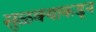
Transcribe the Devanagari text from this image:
सुळक्याकडून